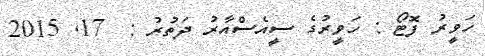
ހަވީރު ފޮޓޯ : ހަވީރުގެ ސީއެސްއާރު ދަތުރު :  17